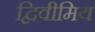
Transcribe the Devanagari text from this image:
द्विवीमिय